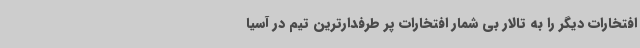
افتخارات دیگر را به تالار بی شمار افتخارات پر طرفدارترین تیم در آسیا